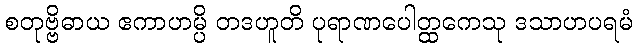
စတုဗ္ဗိဓာယ ဧကာဟမ္ပိ တဒဟူတိ ပုရာဏပေါတ္ထကေသု ဒသာဟပရမံ